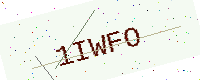
Text: 1IWFO